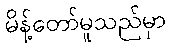
မိန့်တော်မူသည်မှာ